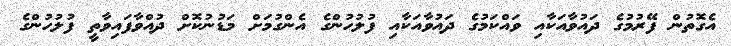
އެގޮތުން ފޭރުމުގެ ދައުވާއަކާއި ވައްކަމުގެ ދައުވާއަކާއި ފުލުހުންގެ އެންގުމަށް މަޑުނުކޮށް ދުއްވާފައިވާތީ ފުލުހުންގެ